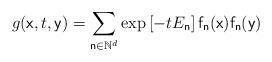
LaTeX: \begin{align*}g(\mathsf{x},t,\mathsf{y})=\sum_{\mathsf{n}\in \mathbb{N}^{d}}\exp \left[-tE_{\mathsf{n}}\right] \mathsf{f}_{\mathsf{n}}(\mathsf{x})\mathsf{f}_{\mathsf{n}}(\mathsf{y}) \end{align*}